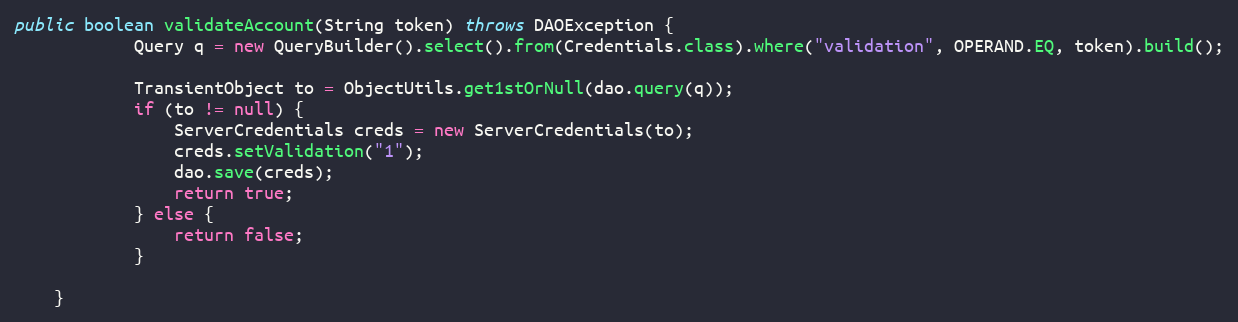
Language: Java
public boolean validateAccount(String token) throws DAOException {
            Query q = new QueryBuilder().select().from(Credentials.class).where("validation", OPERAND.EQ, token).build();

            TransientObject to = ObjectUtils.get1stOrNull(dao.query(q));
            if (to != null) {
                ServerCredentials creds = new ServerCredentials(to);
                creds.setValidation("1");
                dao.save(creds);
                return true;
            } else {
                return false;
            }

    }